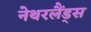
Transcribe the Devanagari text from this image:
नेथरलैंड्स